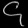
Digit: ၄